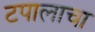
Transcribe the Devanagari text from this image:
टपालाचा